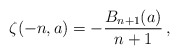
\begin{align*}\zeta(-n,a)=-\frac{B_{n+1}(a)}{n+1}\,,\end{align*}